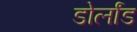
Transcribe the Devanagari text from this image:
डोर्लांड